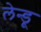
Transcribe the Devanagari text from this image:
लेन्डू